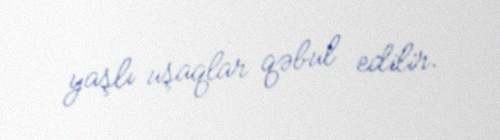
yaşlı uşaqlar qəbul edilir.